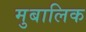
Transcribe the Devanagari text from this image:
मुबालिक